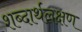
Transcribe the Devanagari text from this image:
शब्दार्थलक्षण